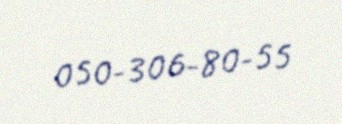
050-306-80-55